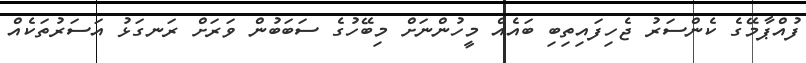
ފުއްޕާމޭގެ ކެންސަރު ޖެހިފައިތިބި ބައެއް މީހުންނަށް މިބޭހުގެ ސަބަބުން ވަރަށް ރަނގަޅު އަސަރުތަކެއް